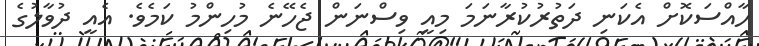
ހާއްސަކޮށް އެކަނި ދަތުރުކުރާނަމަ މިއީ ވިސްނަން ޖެހޭނެ މުހިންމު ކަމެވެ. އެއީ ދުވާލުގެ